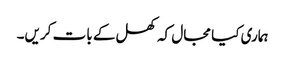
ہماری کیا مجال کہ کھل کے بات کریں۔